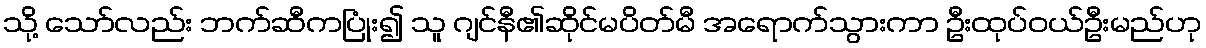
သို့ သော်လည်း ဘက်ဆီကပြုံး၍ သူ ဂျင်နီ၏ဆိုင်မပိတ်မီ အရောက်သွားကာ ဦးထုပ်ဝယ်ဦးမည်ဟု